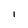
Character: I